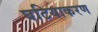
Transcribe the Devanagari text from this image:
घटियाकरण